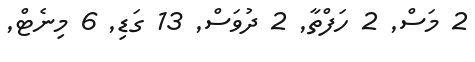
2 މަސް